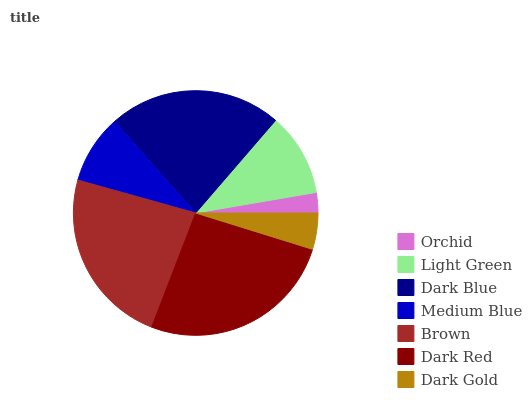
| Orchid | Light Green | Dark Blue | Medium Blue | Brown | Dark Red | Dark Gold |
 | --- | --- | --- | --- | --- | --- | --- |
 | 2.69% | 11% | 22.9% | 9.13% | 23.4% | 26.1% | 4.79% |